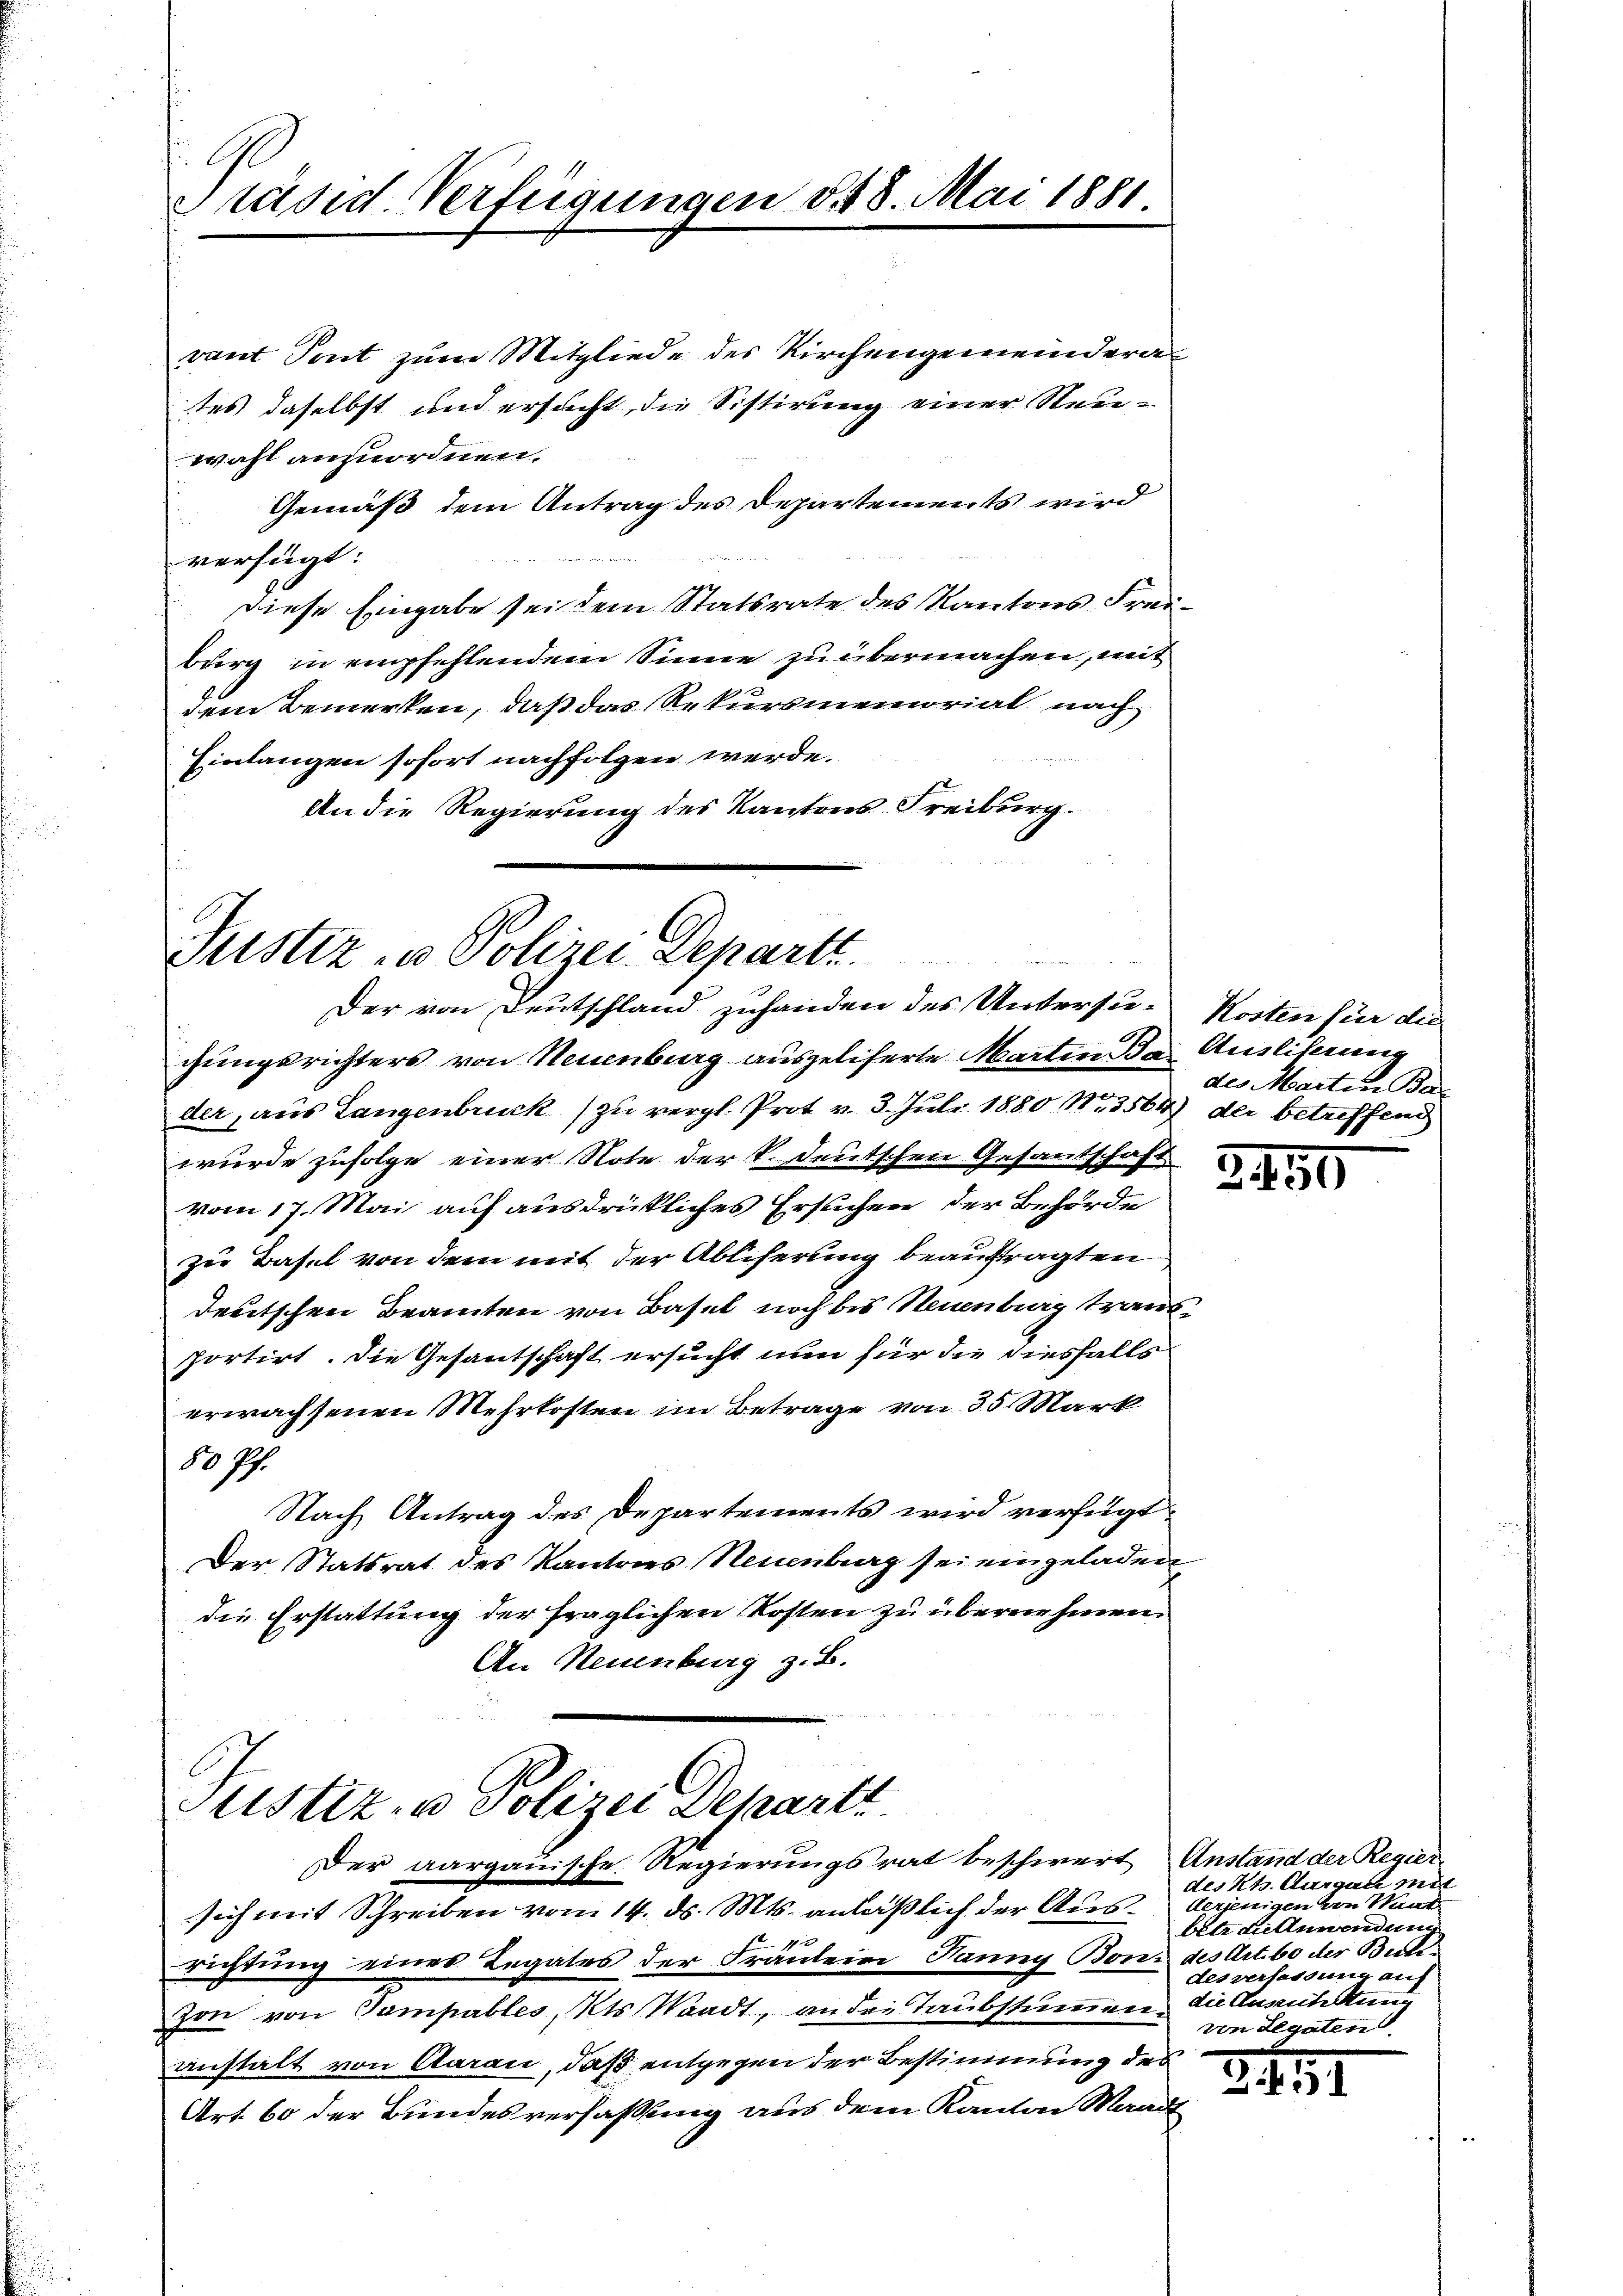
fl
Präsid Verfügungen 548. Mai 1881.

vant Sont zum Mitgliede des Kirchengemeinderates daselbst und ersucht, die Sistirung einer Steuewahl anzuordnen.
Gemäß dem Antrag des Departements wird
verfügt:
diese Eingabe sei dem Statsrate des Kantons Freiburg in empfehlendem Sinne zu übermachen, mit
dem Bemerken, daß das Rekursmemorial nach
Einlangen sofort nachfolgen werde.
An die Regierung des Kantons Freiburg.

Justiz u. Polizei Departi
Der von Deutschland zuhanden des Untersu- Kosten für die

chungsrichters von Neuenburg ausgeliserte Martin da Ausliserung
der, aus Langenbruck) zu vergl. Prot v. 3. Juli 1880 N.3564) der betreffend
wurde zufolge einer Note der V. Deutschen Gesantschaft
vom 17. Mai auf ausdrückliches Ersuchen der Behörde
zu Basel von dem mit der Ablicherung beauftragten
deutschen Beamten von Basel noch bis Neuenburg transportirt. Die Gesantschaft ersucht nun für die diesfalls
erwachsenen Mehrkosten im Betrage von 35 Mark
No 99
Nach Antrag des Departements wird verfügt:
Der Statsrat des Kantons Neuenburg sei eingeladen
die Erstattung der fraglichen Kosten zu übernehmen.
An Neuenburg z. B.

Justiz- u Polizei Departt
Der aargauische Regierungsrat beschwert Anstand der Regier

sich mit Schreiben vom 14. ds. Mts. anläßlich der Ausrichtung eines Legates der Fräulein Panny Bon: des Art. 60 der Besti¬
Jon von Sampables, Kts. Waadt, an des Taubstumen, die Austattung
anstalt von Aarau, daß entgegen der Bestimmung des
Art. 60 der Bundesverfassung aus dem Kanton Waadt

des Martin Ba

2450

des Kt. Aurgau mit
derjenigen von Waad
betr. Fillmandung
des verfassung auf
von Legaten

24.11.